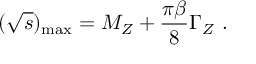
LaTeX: ( \sqrt { s } ) _ { \mathrm { m a x } } = M _ { Z } + \frac { \pi \beta } { 8 } \Gamma _ { Z } ~ .